Report of the Indian Hemp Drugs Commission, 1894-1895 - Volume VII
Year: 1894
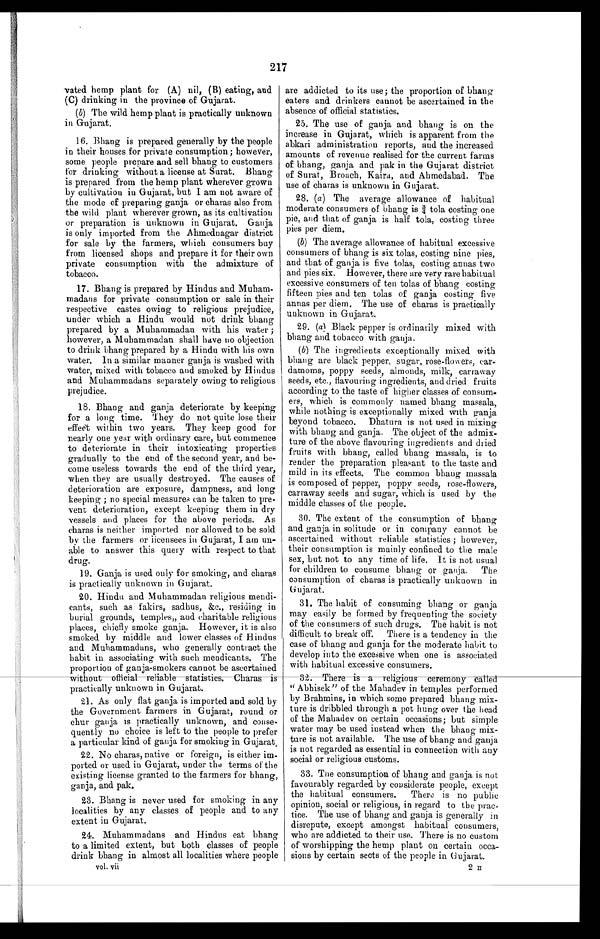
217
vated hemp plant for (A) nil, (B) eating, and
(C) drinking in the province of Gujarat.
(b) The wild hemp plant is practically unknown
in Gujarat.
16. Bhang is prepared generally by the people
in their houses for private consumption; however,
some people prepare and sell bhang to customers
for drinking without a license at Surat. Bhang
is prepared from the hemp plant wherever grown
by cultivation in Gujarat, but I am not aware of
the mode of preparing ganja or chains also from
the wild plant wherever grown, as its cultivation
or preparation is unknown in Gujarat. Ganja
is only imported from the Ahmednagar district
for sale by the farmers, which consumers buy
from licensed shops and prepare it for their own
private consumption with the admixture of
tobacco.
17. Bhang is prepared by Hindus and Muham-
madans for private consumption or sale in their
respective castes owing to religious prejudice,
under which a Hindu would not drink bhang
prepared by a Muhammadan with his water ;
however, a Muhammadan shall have no objection
to drink bhang prepared by a Hindu with his own
w a t e r . I n a s i m i l a r m a n n e r g a n j a i s w a s h e d w i t h
water, mixed with tobacco and smoked by Hindus
and Muhammadans separately owing to religious
prejudice.
18. Bhang and ganja deteriorate by keeping
for a long time. They do not quite lose their
effect within two years. They keep good for
nearly one year with ordinary care, but commence
to deteriorate in their intoxicating properties
gradually to the end of the second year, and be-
come useless towards the end of the third year,
when they are usually destroyed. The causes of
deterioration are exposure, dampness, and long
keeping ; no special measures can be taken to pre-
vent deterioration, except keeping them in dry
vessels and places for the above periods. As
charas is neither imported nor allowed to be sold
by the farmers or licensees in Gujarat, I am un-
able to answer this query with respect to that
drug.
19. Ganja is used only for smoking, and charas
is practically unknown in Gujarat.
20. Hindu and Muhammadan religious mendi-
cants, such as fakirs, sadhus, &c., residing in
burial grounds, temples„ and charitable religious
places, chiefly smoke ganja. However, it is also
smoked by middle and lower classes of Hindus
and Muhammadans, who generally contract the
habit in associating with such mendicants. The
proportion of ganja-smokers cannot be ascertained
without official
r e l i a b l e s t a t i s t i c s . C h a r a s i s p r a c t i c a l l y u n k n o w n i n G u j a r a t .
21. As only flat ganja is imported and sold by
the Government farmers in Gujarat, round or
chug ganja is practically unknown, and conse-
quently no choice is left to the people to prefer
a particular kind of ganja for smoking in Gujarat.
22. No charas, native or foreign, is either im-
ported or used in Gujarat, under the terms of the
existing license granted to the farmers for bhang,
ganja, and pak.
23. Bhang is never used for smoking in any
localities by any classes of people and to any
extent in Gujarat.
24. Muhammadans and Hindus eat bhang
to a limited extent, but both classes of people
drink bhang in almost all localities where people
vol. vii
are addicted to its use; the proportion of bhang
eaters and drinkers cannot be ascertained in the
absence of official statistics.
25. The use of ganja and bhang is on the
increase in Gujarat, which is apparent from the
abkari administration reports, and the increased
amounts of revenue realised for the current farms
of bhang, ganja and pak in the Gujarat district
of Surat, Broach, Kaira, and Ahmedabad. The
use of charas is unknown in Gujarat.
28. (a) The average allowance of habitual
moderate consumers of bhang is ¾ tola costing one
pie, and that of ganja is half tola, costing three
pies per diem.
(b) The average allowance of habitual excessive
consumers of bhang is six tolas, costing nine pies,
and that of ganja is five tolas, costing annas two
and pies six. However, there are very rare habitual
excessive consumers of ten tolas of bhang costing
fifteen pies and ten tolas of ganja costing five
annas per diem. The use of charas is practically
unknown in Gujarat.
29. (a) Black pepper is ordinarily mixed with
bhang and tobacco with ganja.
(b) The ingredients exceptionally mixed with
bhang are black pepper, sugar, rose-flowers, car-
damoms, poppy seeds, almonds, milk, carraway
seeds, etc., flavouring ingredients, and dried fruits
according to the taste of higher classes of consum-
era which is commonly named bhang massala,
while nothing is exceptionally mixed with ganja
beyond tobacco. Dhatura is not used in mixing
with bhang and ganja. The object of the admix-
ture of the above flavouring ingredients and dried
fruits with bhang, called bhang massala, is to
render the preparation pleasant to the taste and
mild in its effects. The common bhang massala
is composed of pepper, poppy seeds, rose-flowers,
carraway seeds and sugar, which is used by the
middle classes of the people.
30. The extent of the consumption of bhang
and ganja in solitude or in company cannot be
ascertained without reliable statistics ; however,
their consumption is mainly confined to the male
sex, but not to any time of life. It is not usual
for children to consume bhang or ganja. The
consumption of charas is practically unknown in
G ujarat.
31. The habit of consuming bhang or ganja
may easily be formed by frequenting the society
of the consumers of such drugs. The habit is not
difficult to break off. There is a tendency in the
case of bhang and ganja for the moderate habit to
develop into the excessive when one is associated
with habitual excessive consumers.
32. There is a religious ceremony called " Abhisek " of the Mahadev in temples performed
by Brahmins, in which some prepared bhang mix-
ture is dribbled through a pot hung over the head
of the Mahadev on certain occasions ; but simple
water may be used instead when the bhang mix-
ture is not available. The use of bhang and ganja
is not regarded as essential in connection with any
social or religious customs.
33. The consumption of bhang and ganja is not
favourably regarded by considerate people, except
the habitual consumers. There is no public
opinion, social or religious, in regard to the prac-
tice. The use of bhang and ganja is generally in
disrepute, except amongst habitual
c o n s u m e r s , w h o a r e a d d i c t e d t o t h e i r u s e . T h e r e i s n o c u s t o m
of worshipping the hemp plant on certain occa-
sions by certain sects of the people in Gujarat.